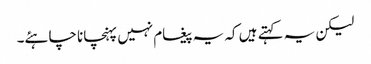
لیکن یہ کہتے ہیں کہ یہ پیغام نہیں پہنچانا چاہئے۔